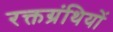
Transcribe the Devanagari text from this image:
रक्तग्रंथियों